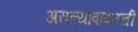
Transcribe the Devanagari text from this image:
असल्याबाबतची